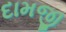
દામજી